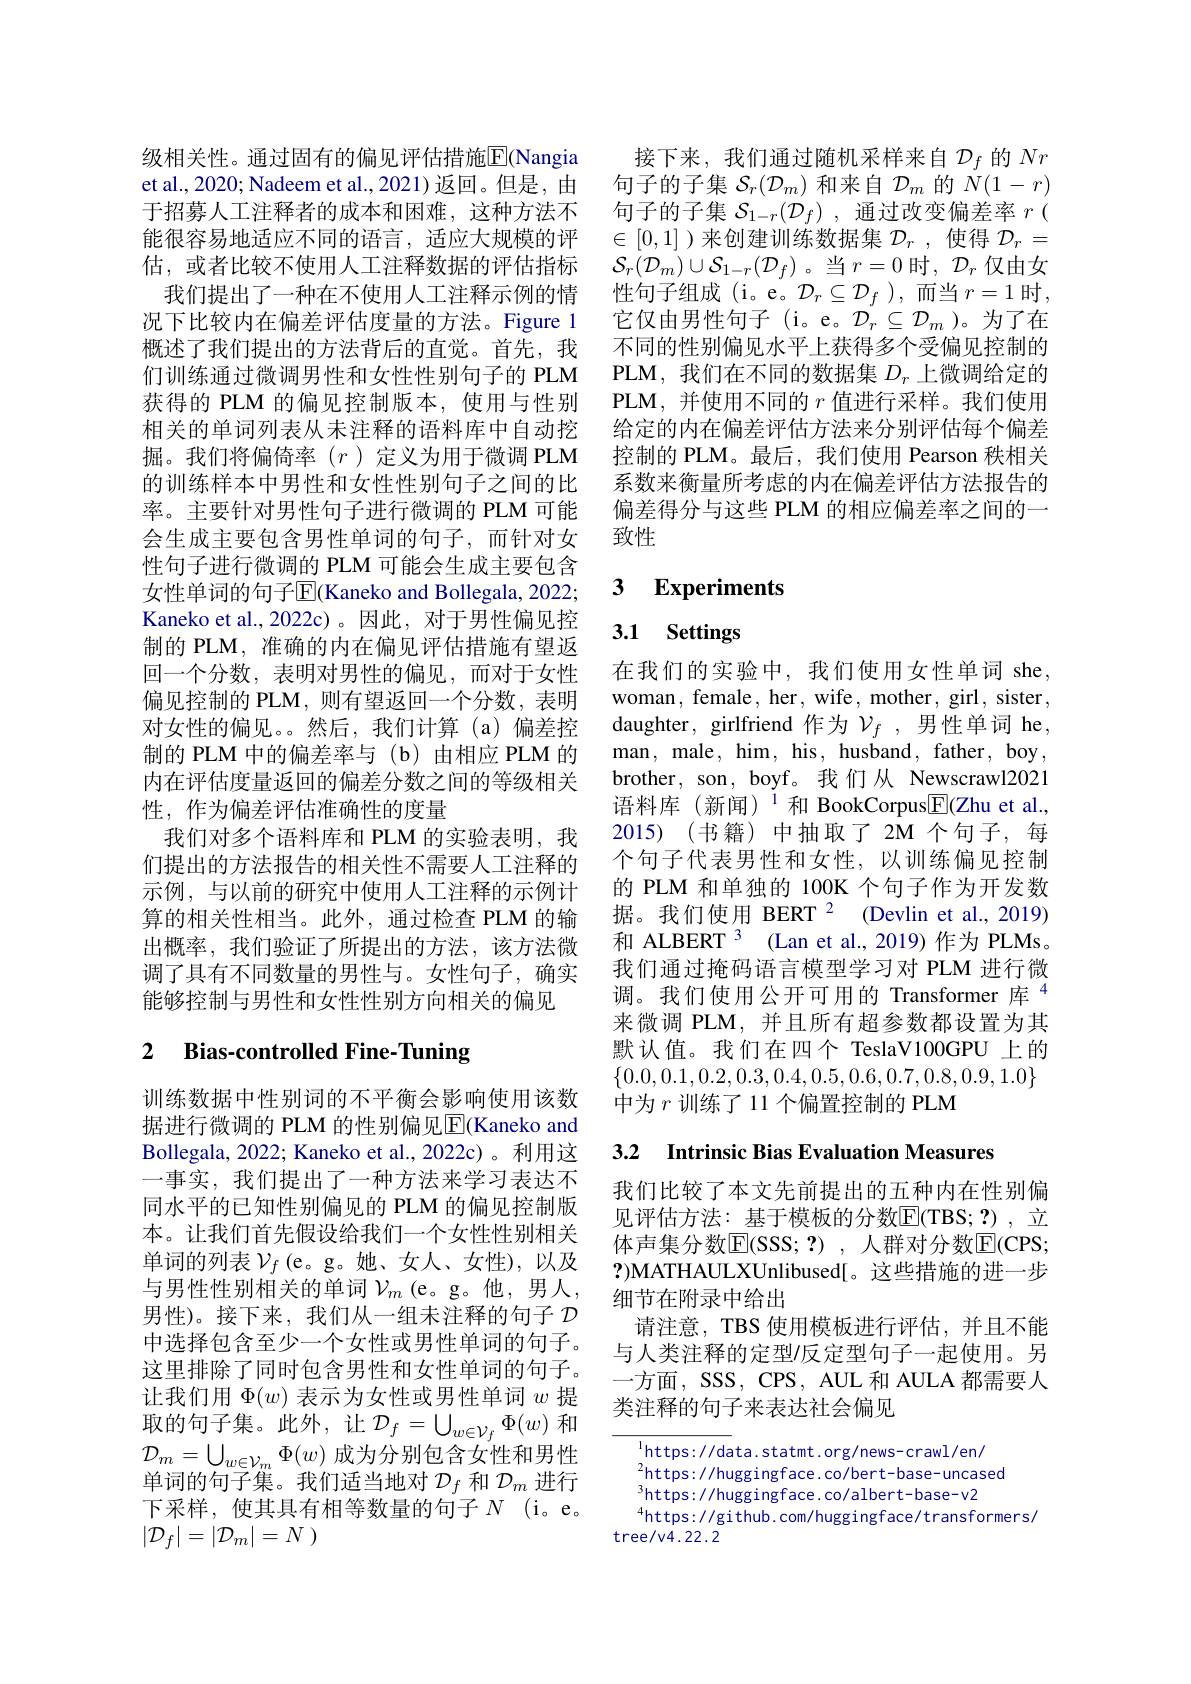
级相关性。通过固有的偏见评估措施E|(Nangia 能很容易地适应不同的语言，适应大规模的评估，或者比较不使用人工注释数据的评估指标我们提出了一种在不使用人工注释示例的情况下比较内在偏差评估度量的方法。Figure 1概述了我们提出的方法背后的直觉。首先，我们训练通过微调男性和女性性别句子的 PLM 获得的 PLM 的偏见控制版本，使用与性别相关的单词列表从未注释的语料库中自动挖掘。我们将偏倚率($r$)定义为用于微调 PLM 的训练样本中男性和女性性别句子之间的比率。主要针对男性句子进行微调的 PLM 可能会生成主要包含男性单词的句子，而针对女性句子进行微调的 PLM 可能会生成主要包含女性单词的句子[E](Kaneko and Bollegala, 2022; Kaneko et al.,2022c)。因此，对于男性偏见控制的 PLM, 准确的内在偏见评估措施有望返回一个分数，表明对男性的偏见，而对于女性偏见控制的 PLM, 则有望返回一个分数，表明对女性的偏见。。然后，我们计算(a)偏差控制的 PLM 中的偏差率与 (b) 由相应 PLM 的内在评估度量返回的偏差分数之间的等级相关性，作为偏差评估准确性的度量
我们对多个语料库和 PLM 的实验表明，我们提出的方法报告的相关性不需要人工注释的示例，与以前的研究中使用人工注释的示例计算的相关性相当。此外，通过检查 PLM 的输出概率，我们验证了所提出的方法，该方法微调了具有不同数量的男性与。女性句子，确实能够控制与男性和女性性别方向相关的偏见

## 2 Bias-controlled Fine-Tuning

训练数据中性别词的不平衡会影响使用该数据进行微调的 PLM 的性别偏见$\overline{\mathrm{E}}$(Kaneko and Bollegala, 2022; Kaneko et al., 2022c) 。利用这一事实，我们提出了一种方法来学习表达不同水平的已知性别偏见的 PLM 的偏见控制版本。让我们首先假设给我们一个女性性别相关单词的列表$\mathcal{V}_f$(e。g。她、女人、女性),以及与男性性别相关的单词 $\mathcal{V}_m$ (e。g。他，男人， 男性)。接下来，我们从一组未注释的句子$\mathcal{D}$ 中选择包含至少一个女性或男性单词的句子。这里排除了同时包含男性和女性单词的句子。让我们用$\Phi(w)$表示为女性或男性单词$w$提取的句子集。此外，让$\mathcal{D}_f=\bigcup_{w\in\mathcal{V}_f}\Phi(w)$和$\mathcal{D}_m=\bigcup_{w\in\mathcal{V}_m}\Phi(w)$成为分别包含女性和男性单词的句子集。我们适当地对$\mathcal{D}_f$和$\mathcal{D}_m$进行下采样，使其具有相等数量的句子$N$(i。e。$| \mathcal{D} _f| = | \mathcal{D} _m| = N$ )

接下来，我们通过随机采样来自$\mathcal{D}_f$的$Nr$
et al., 2020; Nadeem et al., 2021) 返回。但是，由 句子的子集$\mathcal{S}_r(\mathcal{D}_m)$和来自$\mathcal{D}_m$的$N(1-r)$ 于招募人工注释者的成本和困难，这种方法不 句子的子集$\mathcal{S}_1-r(\mathcal{D}_f)$ ,通过改变偏差率$r$ (
$\in[0,1]$)来创建训练数据集$\mathcal{D}_r$,使得$\mathcal{D}_r=$ $\mathcal{S}_{r}(\mathcal{D}_{m})\cup\mathcal{S}_{1-r}(\mathcal{D}_{f})$。当$r=0$时$,\mathcal{D}_r$仅由女性句子组成 (i。e。$\mathcal{D}_r\subseteq\mathcal{D}_f$ ),而当 $r=1$ 时， 它仅由男性句子(i。e。$\mathcal{D}_r\subseteq\mathcal{D}_m$)。为了在不同的性别偏见水平上获得多个受偏见控制的PLM, 我们在不同的数据集$D_r$上微调给定的PLM,并使用不同的$r$值进行采样。我们使用给定的内在偏差评估方法来分别评估每个偏差控制的 PLM。最后，我们使用 Pearson 秩相关系数来衡量所考虑的内在偏差评估方法报告的偏差得分与这些 PLM 的相应偏差率之间的一致性

## 3 Experiments

# 3.1 Settings

在我们的实验中，我们使用女性单词 she, woman, female, her, wife, mother, girl, sister, daughter, girlfriend 作为$\mathcal{V} _f$ ,男性单词 he, man, male, him, his, husband, father, boy, brother, son, boyf。我们从 Newscrawl2021语料库(新闻)$^{\mathrm{i}}$和 BookCorpus$\underline{\mathrm{E}}($Zhu et al., 2015) (书籍)中抽取了2M 个句子，每个句子代表男性和女性，以训练偏见控制的 PLM 和单独的 100K 个句子作为开发数据。我们使用 BERT $^{2}$ (Devlin et al., 2019) 和 ALBERT 3 (Lan et al.,2019)作为 PLMs。我们通过掩码语言模型学习对 PLM 进行微调。我们使用公开可用的 Transformer 库$^{4}$ 来微调 PLM,并且所有超参数都设置为其默认值。我们在四个 TeslaV100GPU 上的$\{0.0,0.1,0.2,0.3,0.4,0.5,0.6,0.7,0.8,0.9,1.0\}$ 中为$r$训练了 11 个偏置控制的 PLM

3.2 $\textbf{Intrinsic Bias Evaluation Measures}$

我们比较了本文先前提出的五种内在性别偏见评估方法：基于模板的分数$\boxed{\mathrm{E}}($TBS;?),立体声集分数$\overline{\mathrm{E}}($SSS;?),人群对分数$\overline{\mathrm{E}}($CPS; ?)MATHAULXUnlibused[。这些措施的进一步细节在附录中给出
请注意，TBS 使用模板进行评估，并且不能与人类注释的定型/反定型句子一起使用。另一方面，SSS, CPS, AUL 和 AULA 都需要人类注释的句子来表达社会偏见

https: / / data. statmt. org/ news- crawl/ en/
$^2$https://huggingface.co/bert-base-uncased
$^3$https://huggingface.co/albert-base-v2
$^{4}$https://github.com/huggingface/transformers/
tree/v4.22.2